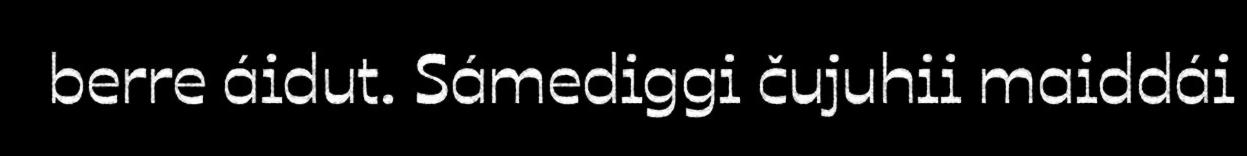
berre áidut. Sámediggi čujuhii maiddái